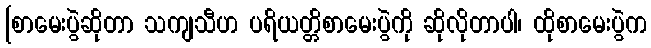
[စာမေးပွဲဆိုတာ သကျသီဟ ပရိယတ္တိစာမေးပွဲကို ဆိုလိုတာပါ၊ ထိုစာမေးပွဲက